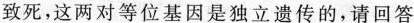
致死，这两对等位基因是独立遗传的，请回答